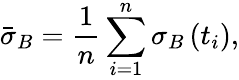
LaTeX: \bar{\sigma}_{B}=\frac{1}{n}\sum_{i=1}^{n}\sigma_{B}\left(t_{i}\right),